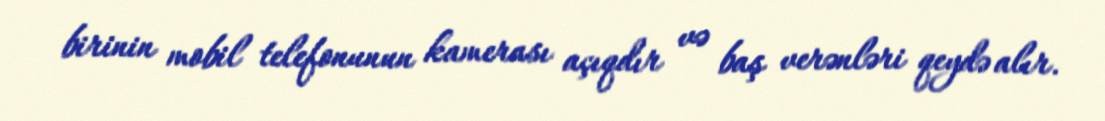
birinin mobil telefonunun kamerası açıqdır və baş verənləri qeydə alır.